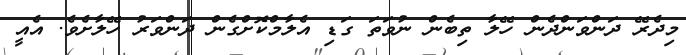
މިދެރޭ ދަންވަންދެން ހޭލާ ތިބެން ނުވަތަ ގަޑި އެލާމްކޮށްގެން ދަންވަރު ހޭލާށެވެ. އެއީ